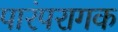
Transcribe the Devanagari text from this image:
पारंपरागक